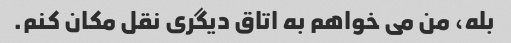
بله، من می خواهم به اتاق دیگری نقل مکان کنم.